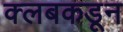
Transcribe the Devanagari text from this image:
क्‍लबकडून